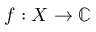
f : X \to \mathbb { C }